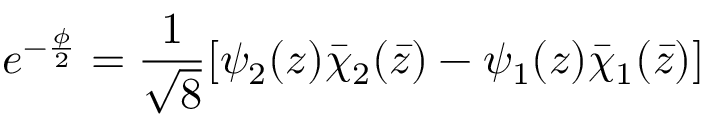
e ^ { - \frac { \phi } { 2 } } = \frac { 1 } { \sqrt { 8 } } [ \psi _ { 2 } ( z ) \bar { \chi } _ { 2 } ( \bar { z } ) - \psi _ { 1 } ( z ) \bar { \chi } _ { 1 } ( \bar { z } ) ]